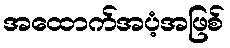
အထောက်အပံ့အဖြစ်